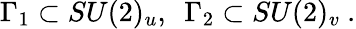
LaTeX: \Gamma_{1}\subset SU(2)_{u},~~\Gamma_{2}\subset SU(2)_{v}\ .